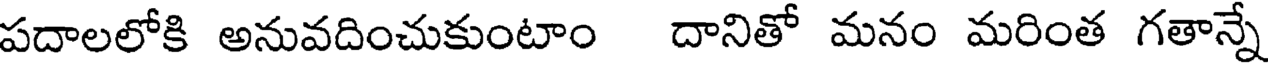
పదాలలోకి అనువదించుకుంటాం దానితో మనం మరింత గతాన్నే